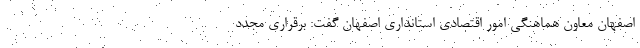
اصفهان معاون هماهنگی امور اقتصادی استانداری اصفهان گفت: برقراری مجدد